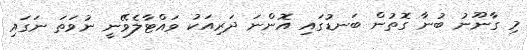
މި ގާނޫނު ބުނާ ގޮތުން ބަނޑުގައި އޮންނަ ދަރިއަކު ވައްޓާލެވޭނީ ނުވަތަ ނަގައި